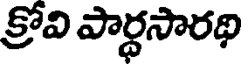
క్రోవి పార్ధసారథి